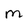
Character: M